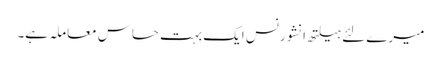
میرے لئے ہیلتھ انشورنس ایک بہت حساس معاملہ ہے۔